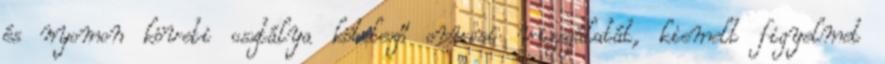
és nyomon követi osztálya kötelező orvosi vizsgálatát, kiemelt figyelmet